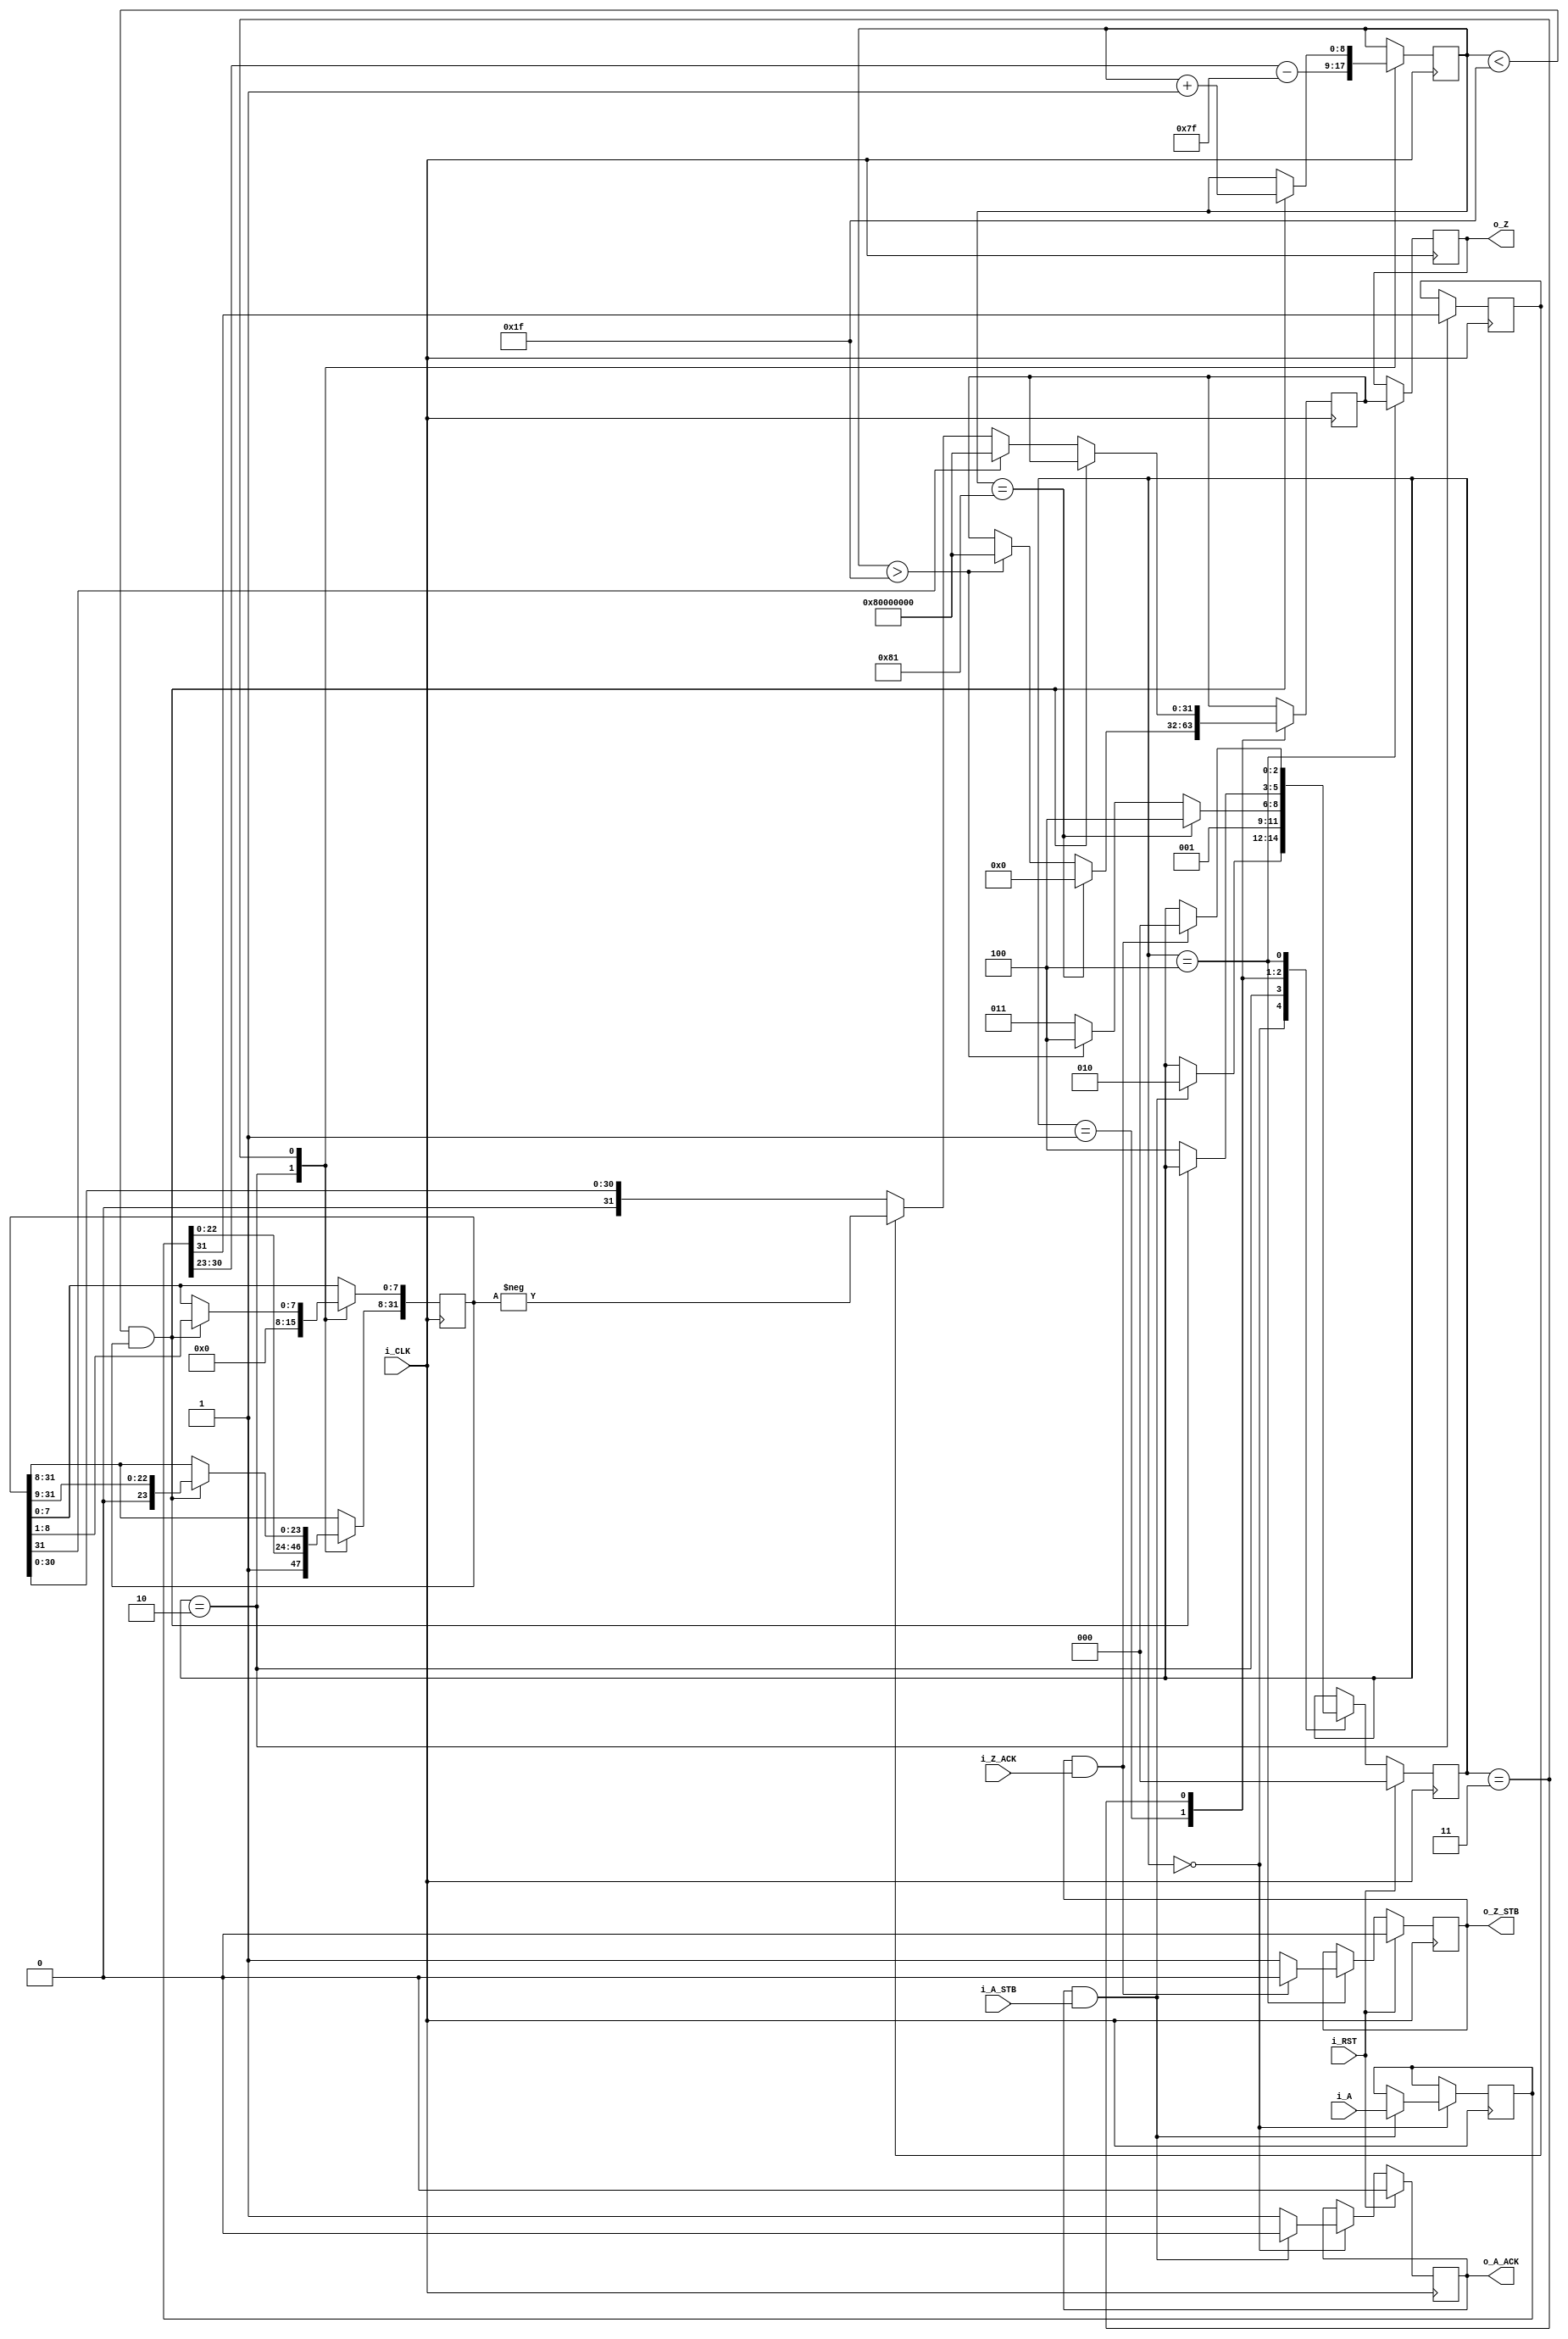
//IEEE Floating Point to Integer Converter (Single Precision)
//Copyright (C) Jonathan P Dawson 2013
//2013-12-12
module converter_f2i(
  input [31:0] i_A, // input a
  input i_A_STB, // input data is valid
  output reg o_A_ACK, // A flag that next calculation is ready
  output reg [31:0] o_Z,  // output data
  output reg o_Z_STB, // Calculation is done, and output data is valid
  input i_Z_ACK, // A flag that external module get data, so, o_Z is going to meaningless
  // it can be used as elongating o_Z_STB High (1)
  input i_CLK, // clock
  input i_RST // reset activate High(1)(synchronous)
  );

  reg       [2:0] state;
  parameter get_a         = 3'd0,
            special_cases = 3'd1,
            unpack        = 3'd2,
            convert       = 3'd3,
            put_z         = 3'd4;

  reg [31:0] a_m, a, z;
  reg [8:0] a_e;
  reg a_s;
  // sync_set_reset directive does not affect the logical behavior of a design 
  // instead it only impacts the functional implementation of design 
  // this swithch make DC avoid re-synthesizing the design late 
  // synopsys sync_set_reset "i_RST"

  always @(posedge i_CLK)
  begin
    case(state)
      get_a:
      begin
        o_A_ACK <= 1;
        if (o_A_ACK && i_A_STB) begin
          a <= i_A;
          o_A_ACK <= 0;
          state <= unpack;
        end
      end

      unpack:
      begin
        a_m[31:8] <= {1'b1, a[22 : 0]};
        a_m[7:0] <= 0;
        a_e <= a[30 : 23] - 8'h7f;
        a_s <= a[31];
        state <= special_cases;
      end

      special_cases:
      begin
        if ($signed(a_e) == -127) begin
          z <= 0;
          state <= put_z;
        end else if ($signed(a_e) > 31) begin
          z <= 32'h80000000;
          state <= put_z;
        end else begin
          state <= convert;
        end
      end

      convert:
      begin
        if ($signed(a_e) < 31 && a_m) begin
          a_e <= a_e + 1'b1;
          a_m <= a_m >> 1;
        end else begin
          if (a_m[31]) begin
            z <= 32'h80000000;
          end else begin
            z <= a_s ? -a_m : a_m;
          end
          state <= put_z;
        end
      end

      put_z:
      begin
        o_Z_STB <= 1;
        o_Z <= z;
        if (o_Z_STB && i_Z_ACK) begin
          o_Z_STB <= 0;
          state <= get_a;
        end
      end

    endcase

    if (i_RST == 1) begin
      state <= get_a;
      o_A_ACK <= 0;
      o_Z_STB <= 0;
    end

  end
endmodule